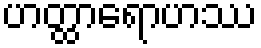
ဟတ္ထာရောဟဿ